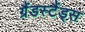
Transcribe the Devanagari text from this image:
ग्रैंडस्टैंड्स